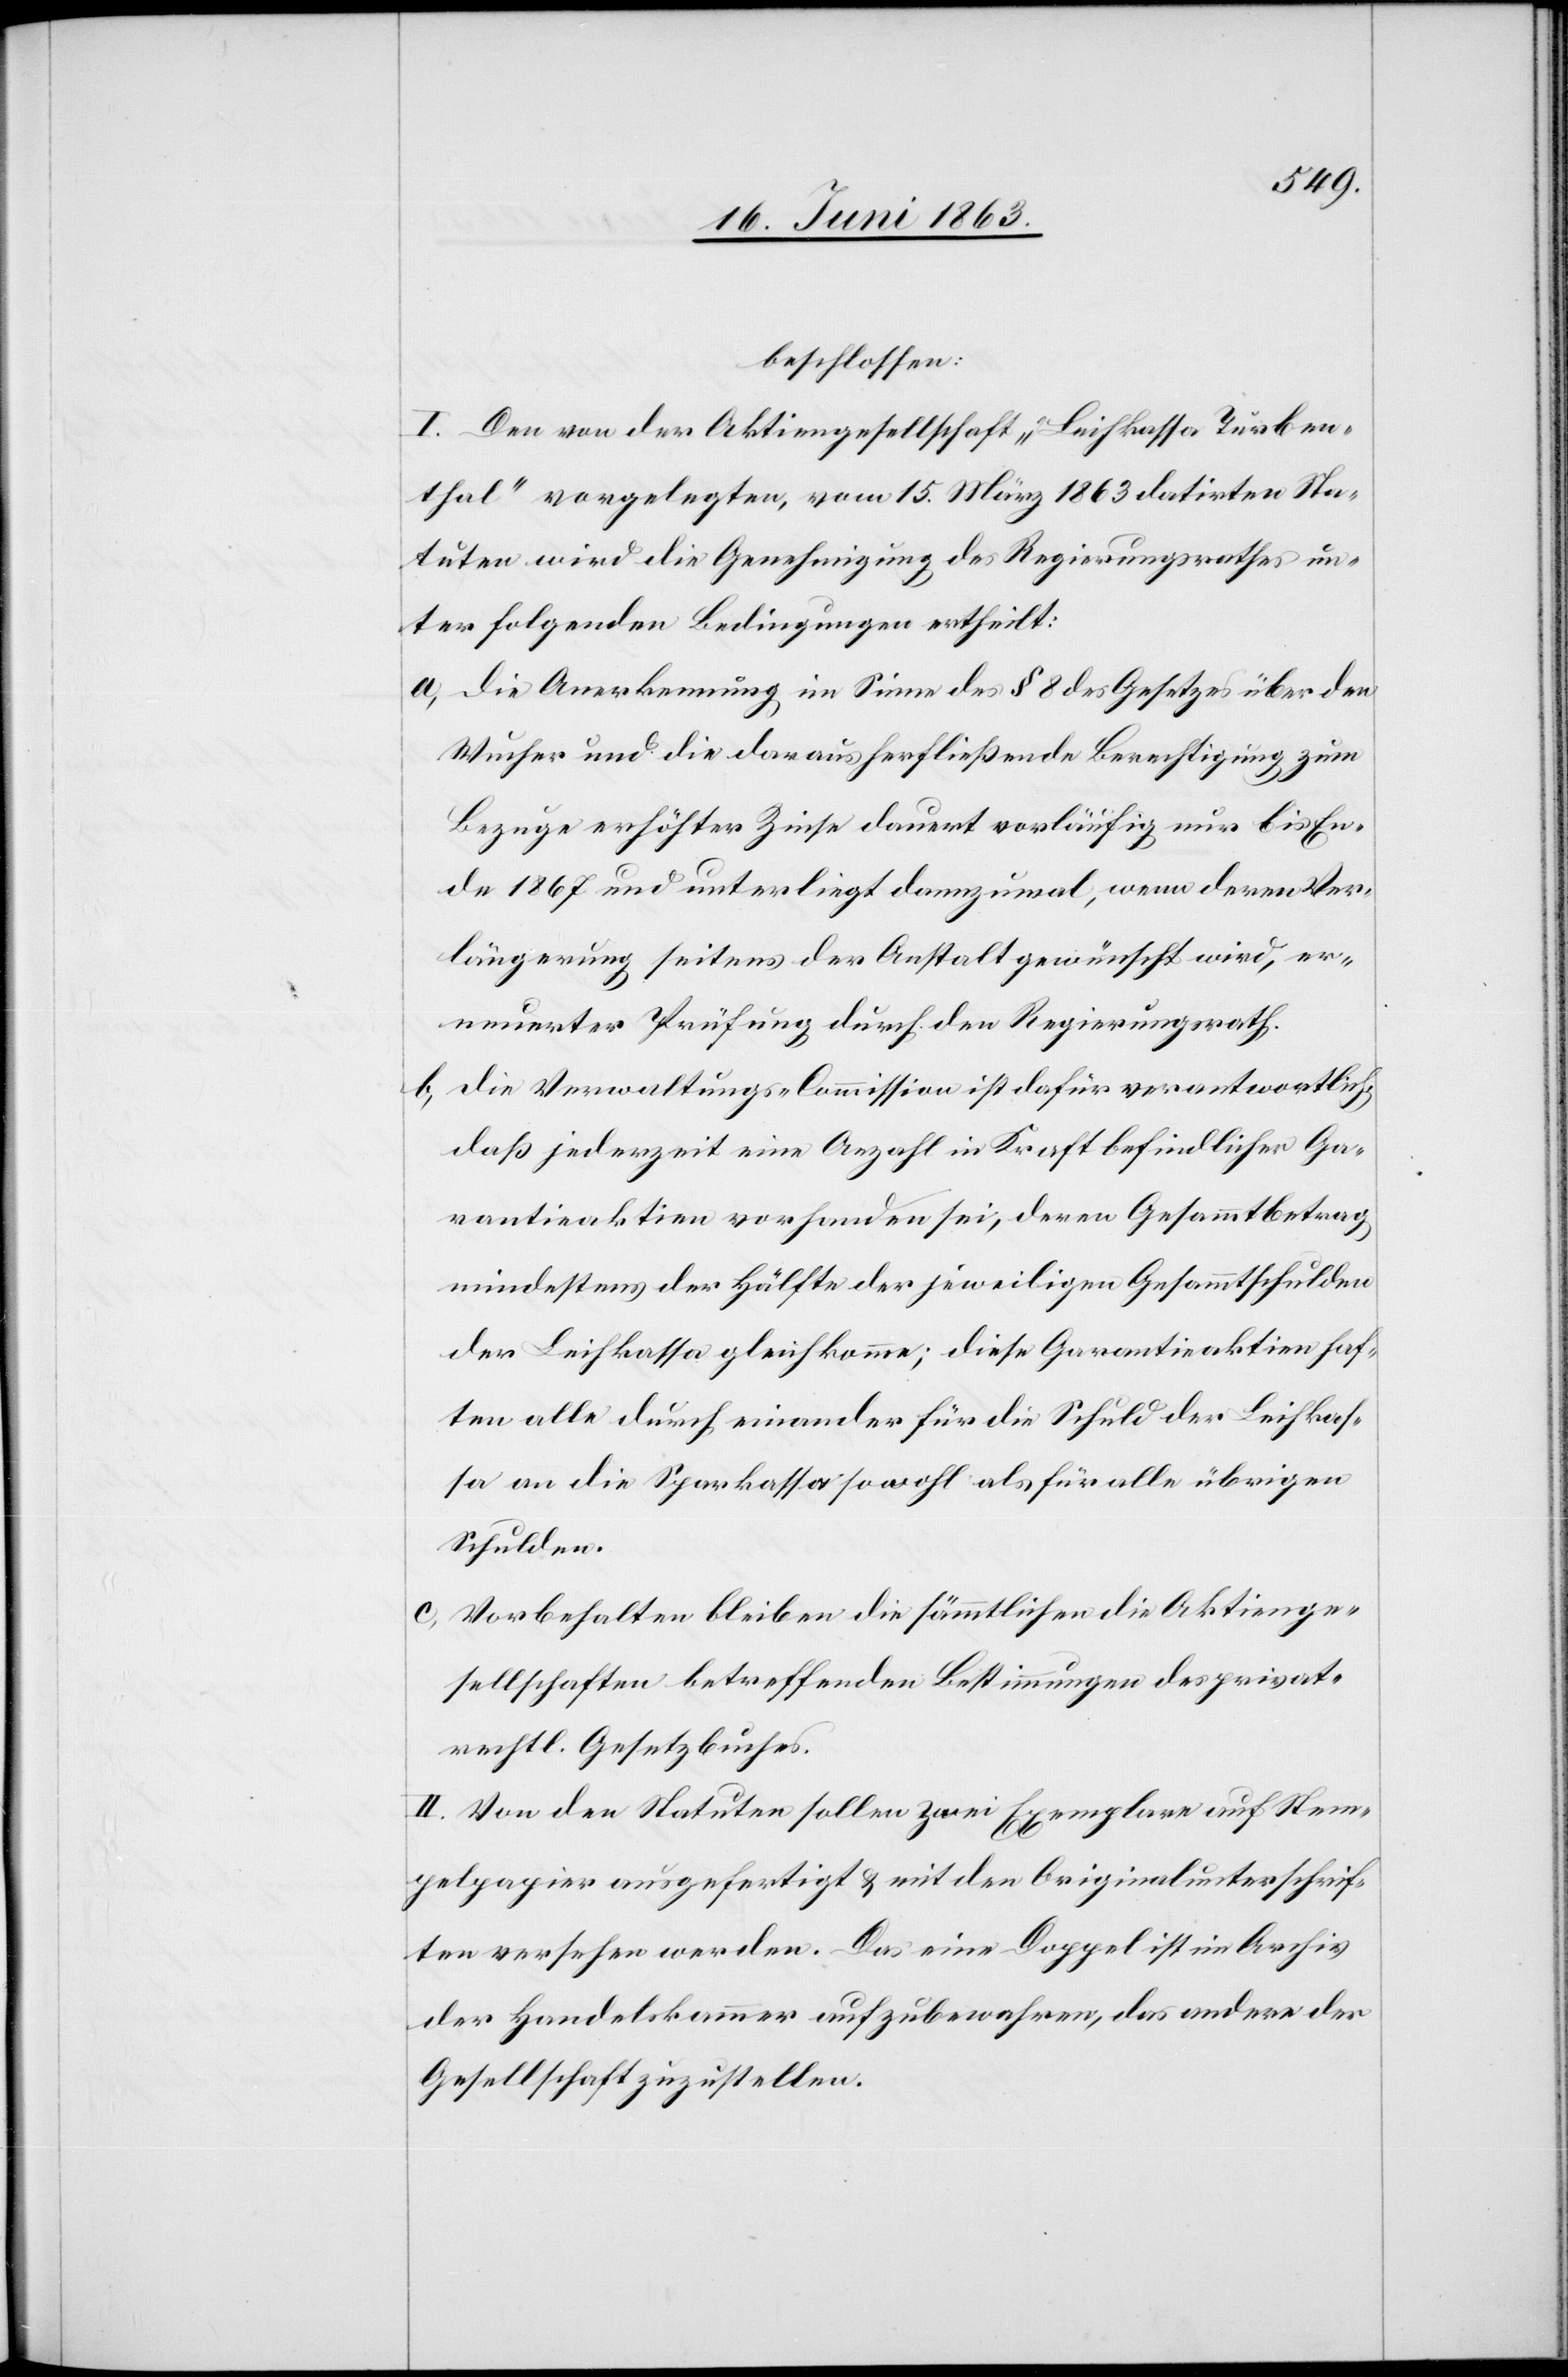
beschlossen:
I. Den von der Aktiengesellschaft „Leihkassa Turben¬
thal“ vorgelegten, vom 15. März 1863 datirten Sta¬
tuten wird die Genehmigung des Regierungsrathes un¬
ter folgenden Bedingungen ertheilt:
a) Die Anerkennung im Sinne des § 8 des Gesetzes über den
Wucher und die daraus herfließende Berechtigung zum
Bezuge erhöhter Zinse dauert vorläufig nur bis En¬
de 1867 und unterliegt dannzumal, wenn deren Ver¬
längerung seitens der Anstalt gewünscht wird, er¬
neuerter Prüfung durch den Regierungsrath.
b) die Verwaltungs-Commission ist dafür verantwortlich,
daß jederzeit eine Anzahl in Kraft befindlicher Ga¬
rantieaktien vorhanden sei, deren Gesammtbetrag
mindestens der Hälfte der jeweiligen Gesammtschulden
der Leihkassa gleichkomme; diese Garantieaktien haf¬
ten alle durch einander für die Schuld der Leihkas¬
sa an die Sparkassa sowohl als für alle übrigen
Schulden.
c) Vorbehalten bleiben die sämmtlichen die Aktienge¬
sellschaften betreffenden Bestimmungen des privat¬
rechtl. Gesetzbuches.
II. Von den Statuten sollen zwei Exemplare auf Stem¬
pelpapier ausgefertigt & mit den Originalunterschrif¬
ten versehen werden. Das eine Doppel ist im Archiv
der Handelskammer aufzubewahren, das andere der
Gesellschaft zuzustellen.